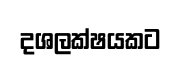
දශලක්ෂයකට